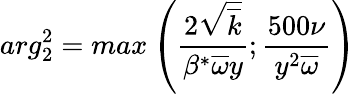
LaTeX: arg_{2}^{2}=max\left(\frac{2\sqrt{\overline{{k}}}}{\beta^{*}\overline{{\omega}}y};\frac{500\nu}{y^{2}\overline{{\omega}}}\right)